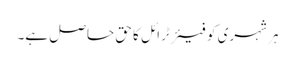
ہر شہری کو فیئر ٹرائل کا حق حاصل ہے۔